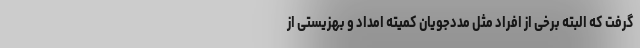
گرفت که البته برخی از افراد مثل مددجویان کمیته امداد و بهزیستی از